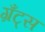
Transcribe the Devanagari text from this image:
ग्रँट्स